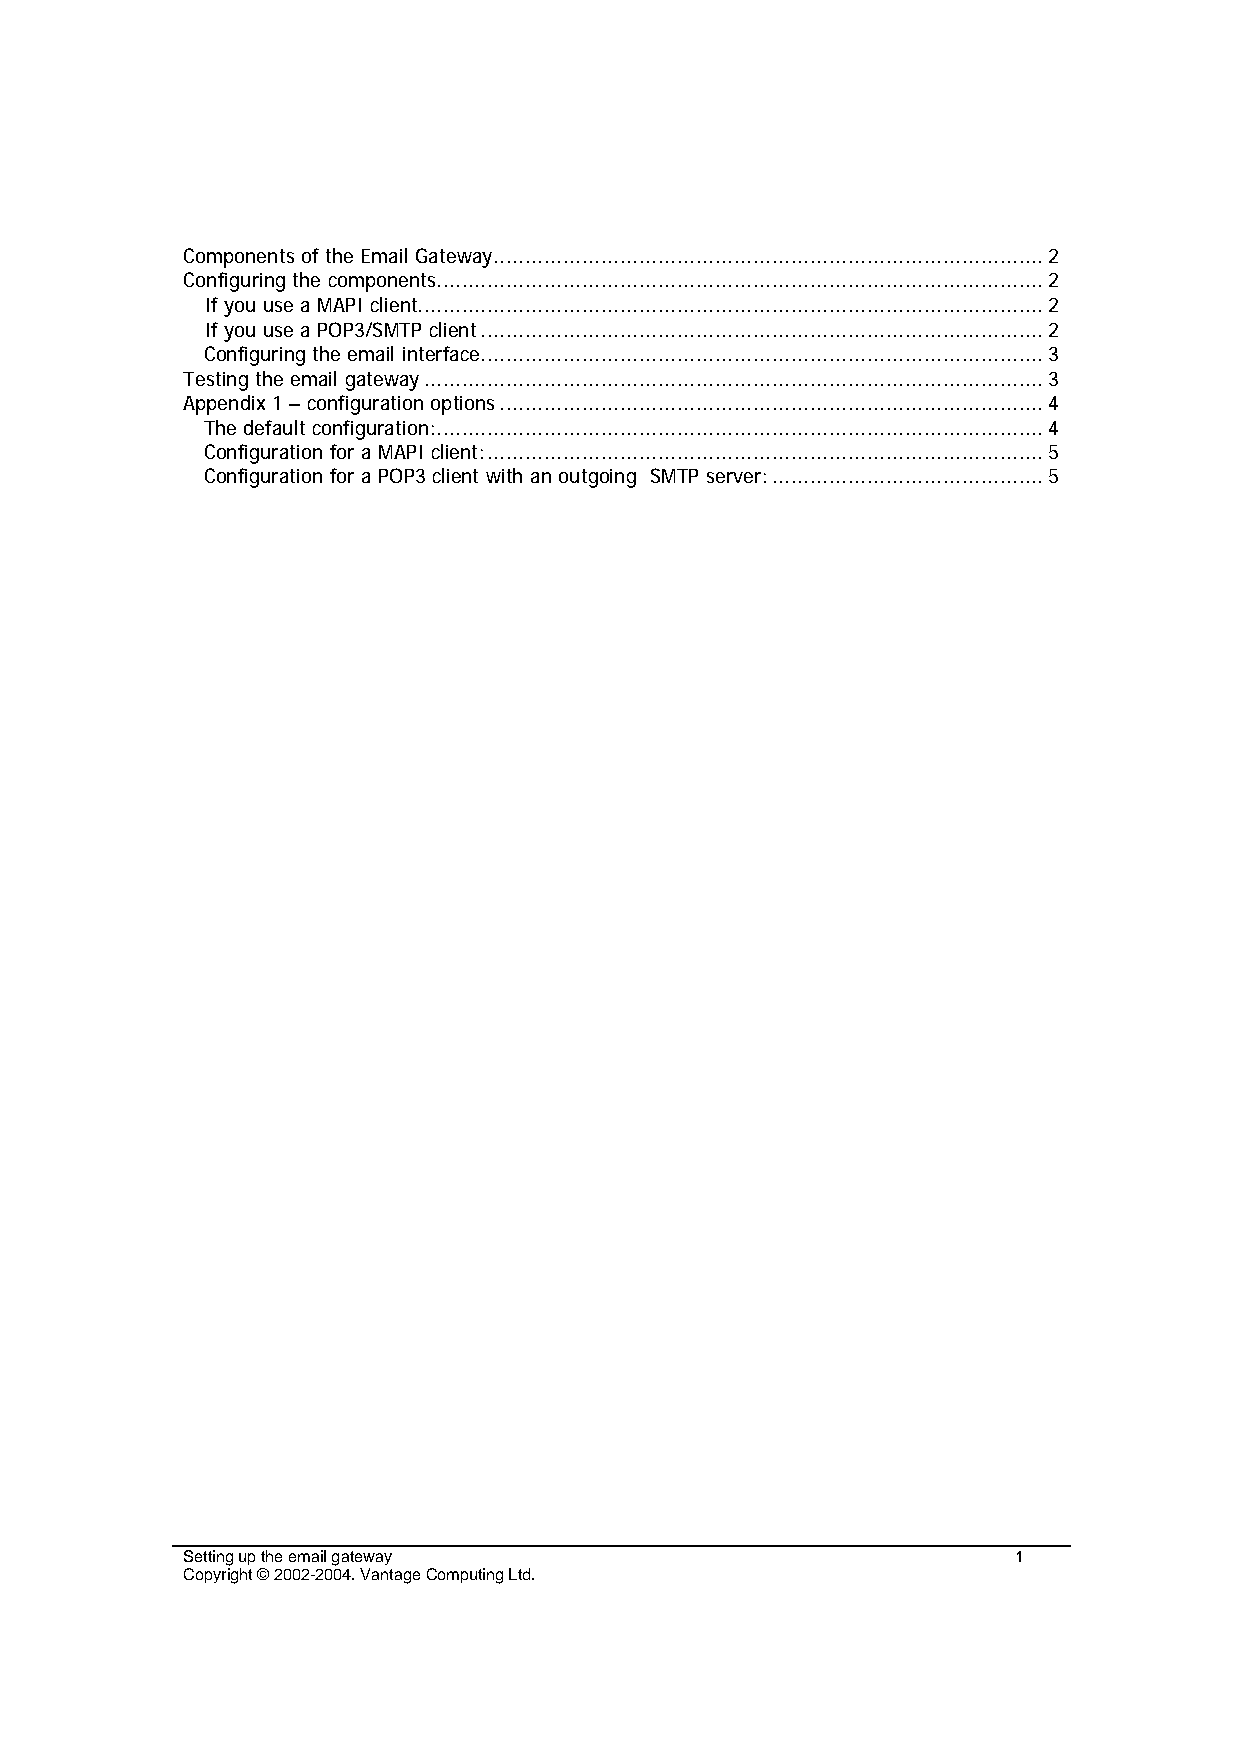
Components of the Email Gateway....................................................................................... 2
 Configuring the components................................................................................................ 2
 If you use a MAPI client...................................................................................................2
 If you use a POP3/SMTP client......................................................................................... 2
 Configuring the email interface......................................................................................... 3
 Testing the email gateway..................................................................................................3
 Appendix 1 – configuration options...................................................................................... 4
 The default configuration:................................................................................................ 4
 Configuration for a MAPI client:........................................................................................ 5
 Configuration for a POP3 client with an outgoing SMTP server:...........................................5
 Setting up the email gateway                           1
 Copyright © 2002-2004. Vantage Computing Ltd.